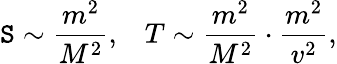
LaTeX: \mathtt{S}\sim{\frac{{m^{2}}}{{M^{2}}}},\, \, \, \, \, T\sim{\frac{{m^{2}}}{{M^{2}}}}\cdot{\frac{{m^{2}}}{{v^{2}}}},